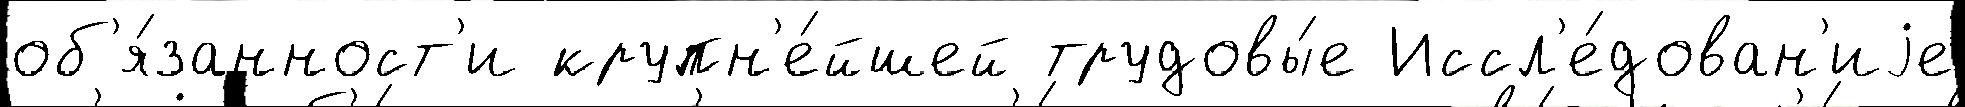
об'я́занност'и крупн'е́йшей трудовы́е Иссл'е́дован'иjе